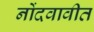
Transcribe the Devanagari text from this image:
नोंदवावीत